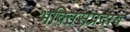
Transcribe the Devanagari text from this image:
भक्तिसंप्रदाय